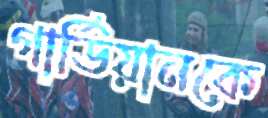
গার্ডিয়ানকে